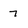
Character: 7